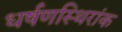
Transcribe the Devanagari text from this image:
धर्षणस्थिरांक